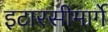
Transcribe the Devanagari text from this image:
इटारसीमार्गे